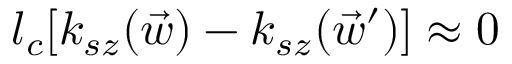
l _ { c } [ k _ { s z } ( \vec { w } ) - k _ { s z } ( \vec { w } ^ { \prime } ) ] \approx 0